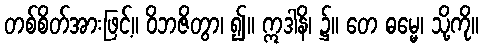
တစ်စိတ်အားဖြင့်။ ဝိဘဇိတွာ၊ ၍။ ဣဒါနိ၊ ၌။ တေ ဓမ္မေ၊ သို့ကို။